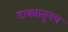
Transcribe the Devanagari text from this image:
टाक्यातूनच